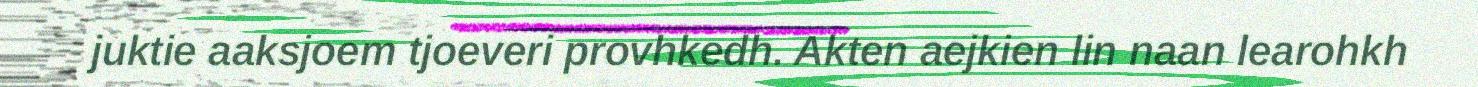
juktie aaksjoem tjoeveri provhkedh. Akten aejkien lin naan learohkh